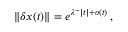
\lVert \boldsymbol { \delta x } ( t ) \rVert = e ^ { \lambda ^ { - } | t | + o ( t ) } \, ,